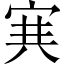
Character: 𡨄